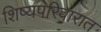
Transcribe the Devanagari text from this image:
शिष्यपरिवारात